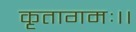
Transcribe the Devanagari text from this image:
कृतागमः।।